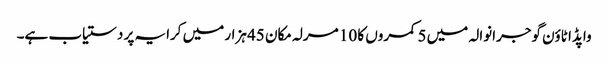
واپڈا ٹاؤن گوجرانوالہ میں 5 کمروں کا 10 مرلہ مکان 45 ہزار میں کرایہ پر دستیاب ہے۔